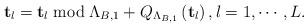
LaTeX: \begin{align*}\mathbf{t}_{l}=\mathbf{t}_{l}\bmod\Lambda_{B,1}+Q_{\Lambda_{B,1}}\left(\mathbf{t}_{l}\right),l=1,\cdots,L.\end{align*}